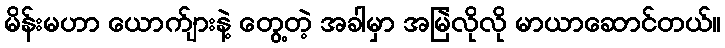
မိန်းမဟာ ယောက်ျားနဲ့ တွေ့တဲ့ အခါမှာ အမြဲလိုလို မာယာဆောင်တယ်။